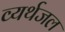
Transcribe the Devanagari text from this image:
व्यर्थजल